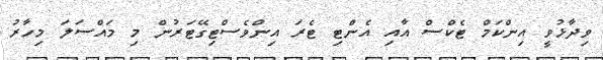
ވިދާޅުވީ އިންކަމް ޓެކްސް އާއި އެންޓި ޓެރަ އިންވެސްޓިގޭޓަރުން މި މައްސަލަ މިހާރު